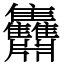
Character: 䨊